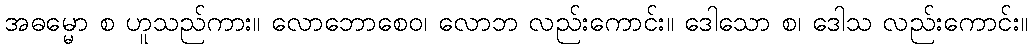
အဓမ္မော စ ဟူသည်ကား။ လောဘောစေဝ၊ လောဘ လည်းကောင်း။ ဒေါသော စ၊ ဒေါသ လည်းကောင်း။